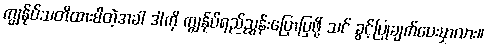
ကျွန်ုပ်သတိထားမိတဲ့အခါ ဒါကို ကျွန်ုပ်ရည်ညွှန်းပြောပြဖို့ သင် ခွင့်ပြုချက်ပေးမှာလား။